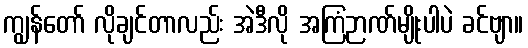
ကျွန်တော် လိုချင်တာလည်း အဲဒီလို အကြံဉာဏ်မျိုးပါပဲ ခင်ဗျာ။